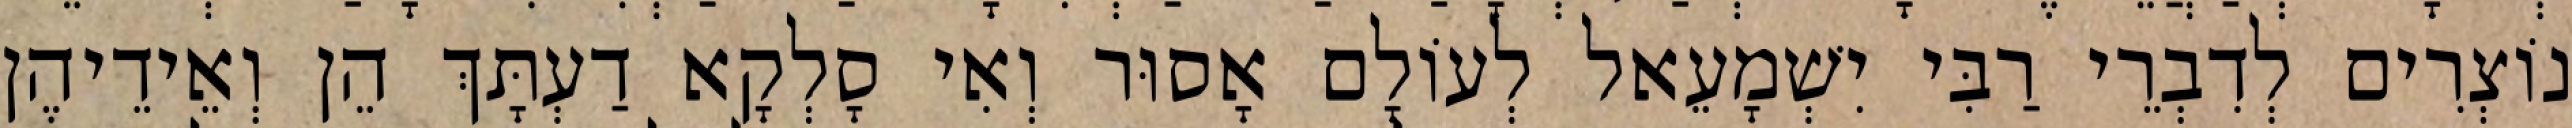
נוֹצְרִים לְדִבְרֵי רַבִּי יִשְׁמָעֵאל לְעוֹלָם אָסוּר וְאִי סָלְקָא דַעְתָּךְ הֵן וְאֵידֵיהֶן